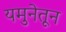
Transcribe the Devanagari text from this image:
यमुनेतून